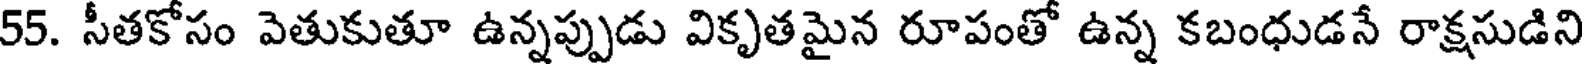
55. సీతకోసం వెతుకుతూ ఉన్నప్పుడు వికృతమైన రూపంతో ఉన్న కబంధుడనే రాక్షసుడిని